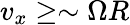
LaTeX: v_{x}\ge\sim\Omega R